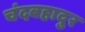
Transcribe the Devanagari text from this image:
चंदबहादुर